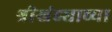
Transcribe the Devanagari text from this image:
श्रीखंड्याच्या